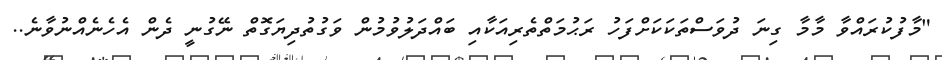
"މާފުކުރައްވާ މާމާ ގިނަ ދުވަސްތަކަކަށްފަހު ރަޙުމަތްތެރިއަކާއި ބައްދަލުވުމުން ވަގުތުދިޔަގޮތް ނޭގުނީ ދެން އެހެނެއްނުވާނެ..